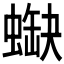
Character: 𧎯